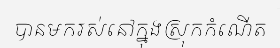
បានមករស់នៅក្នុងស្រុកកំណើត